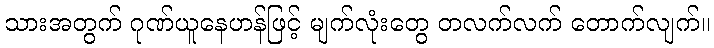
သားအတွက် ဂုဏ်ယူနေဟန်ဖြင့် မျက်လုံးတွေ တလက်လက် တောက်လျက်။